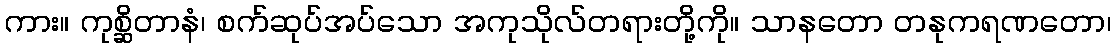
ကား။ ကုစ္ဆိတာနံ၊ စက်ဆုပ်အပ်သော အကုသိုလ်တရားတို့ကို။ သာနတော တနုကရဏတော၊